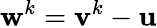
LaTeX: \mathbf{w}^{k}=\mathbf{v}^{k}-\mathbf{u}